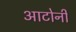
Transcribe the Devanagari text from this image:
आटोर्नी